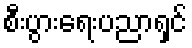
စီးပွားရေးပညာရှင်